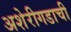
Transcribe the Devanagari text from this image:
अशेरीगडाची